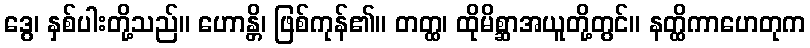
ဒွေ၊ နှစ်ပါးတို့သည်။ ဟောန္တိ၊ ဖြစ်ကုန်၏။ တတ္ထ၊ ထိုမိစ္ဆာအယူတို့တွင်။ နတ္ထိကာဟေတုက